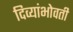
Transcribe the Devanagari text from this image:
दिव्यांभोवती